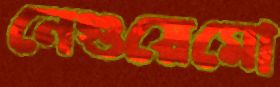
নেগুয়েমো